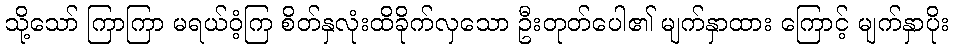
သို့သော် ကြာကြာ မရယ်ဝံ့ကြ စိတ်နှလုံးထိခိုက်လှသော ဦးတုတ်ပေါ၏ မျက်နှာထား ကြောင့် မျက်နှာပိုး